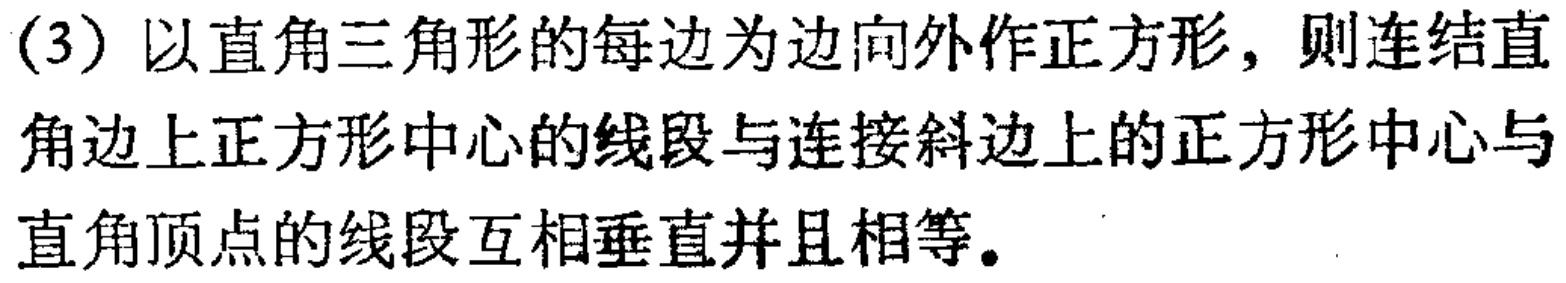
(3) 以直角三角形的每边为边向外作正方形，则连结直角边上正方形中心的线段与连接斜边上的正方形中心与直角顶点的线段互相垂直并且相等。